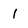
Character: 1